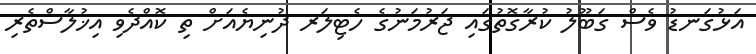
އަޅުގަނޑު ވެސް ގަބޫލު ކުރާގޮތުގައި ޖަރުމަނުގެ ހެޓިލަރ ދުނިޔެއަށް ތި ކޮއްދެވި އިޚުލާސްތެރި